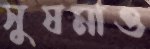
সুষমাও